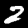
Digit: 2